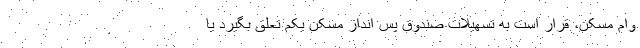
وام مسکن، قرار است به تسهیلات صندوق پس انداز مسکن یکم تعلق بگیرد یا